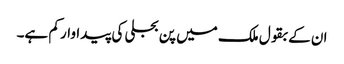
ان کے بقول ملک میں پن بجلی کی پیداوار کم ہے۔